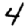
Digit: 4